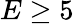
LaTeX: E\geq 5